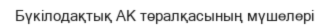
Бүкілодақтық АК төралқасының мүшелері